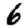
Digit: 6